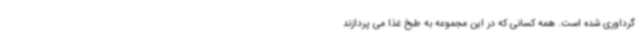
گرداوری شده است. همه کسانی که در این مجموعه به طبخ غذا می پردازند